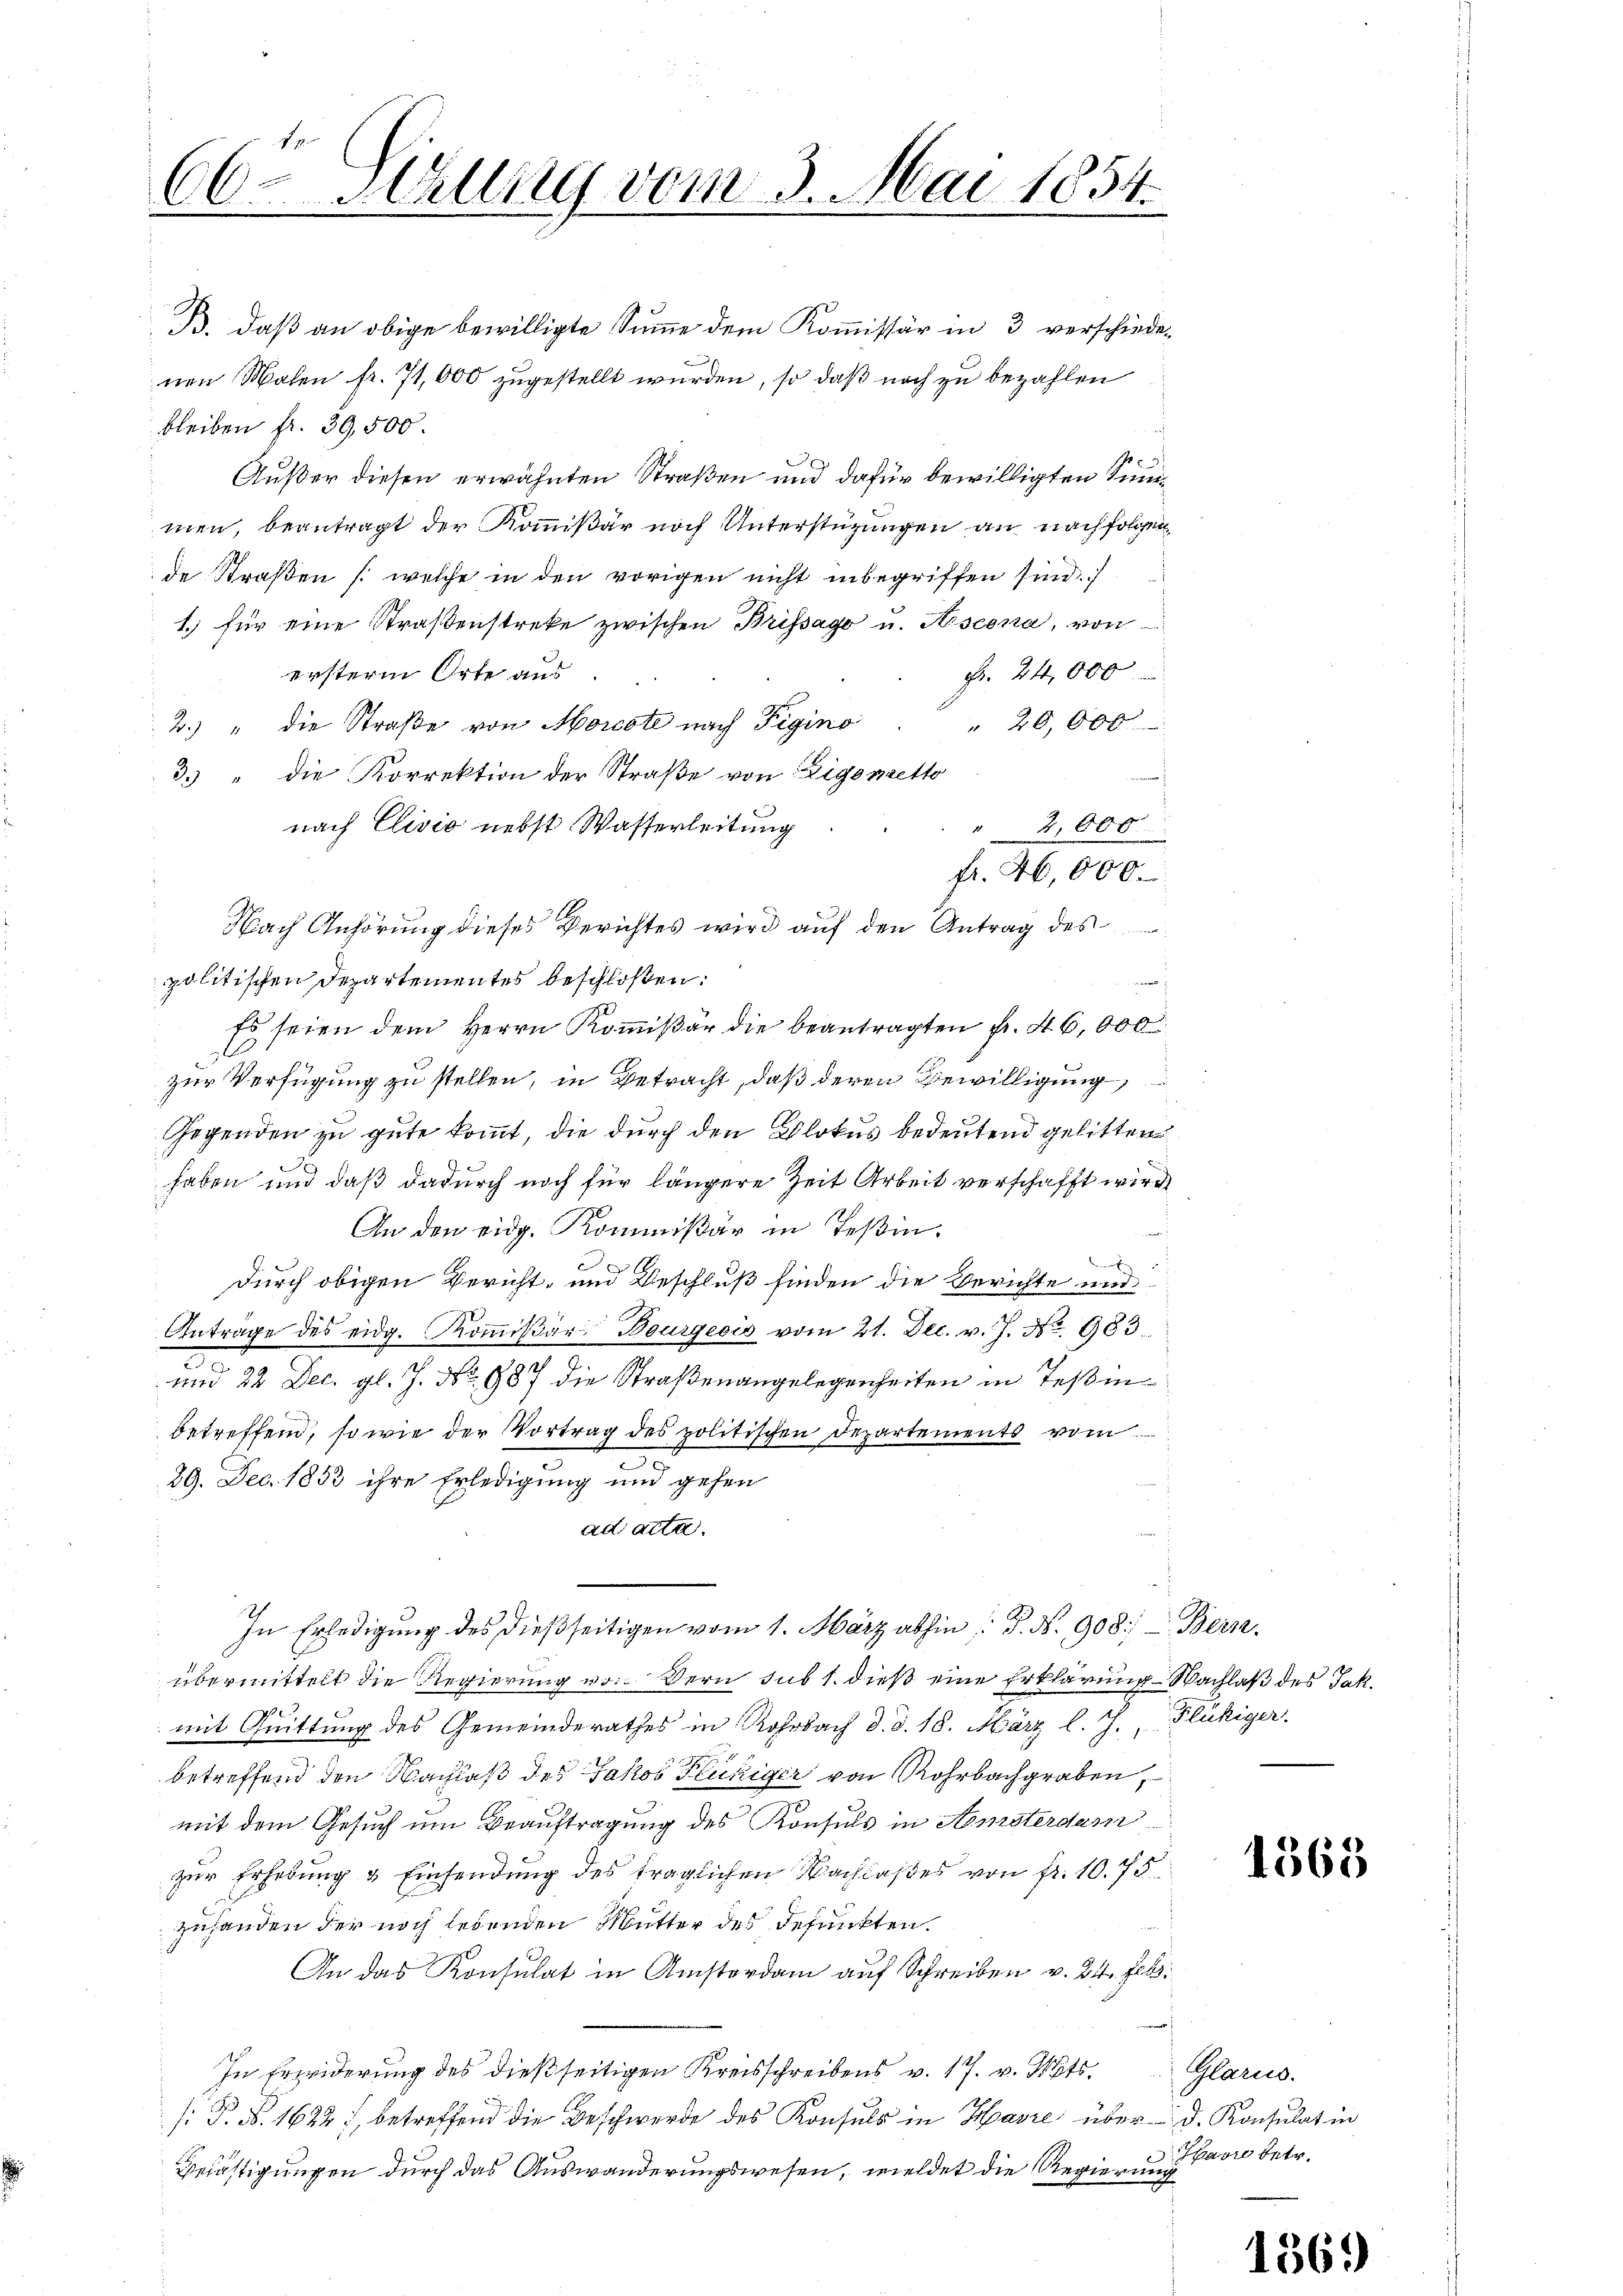
66. Sitzung vom 3. Mai 1854.

B. daß an obige bewilligte Summe dem Kommissär in 3 verschiedenen Malen fr. 71,000 zugestellt wurden, so daß noch zu bezahlen
bleiben fr. 39,500.
x
Außer diesen erwähnten Straßen und dafür bewilligten Summen, beantragt der Kommißär noch Unterstüzungen an nachfolgen
de Straßen /: welche in den vorigen nicht inbegriffen sind.
1.) für eine Straßenstreke zwischen Brissago u. Ascona, von
ersterm Orte aus
Fr. 24,000
" 20,000
2.) " die Straße von Morcote nach Figino
3. " die Korrektion der Straße von Eigenretto
nach Clivio nebst Wasserleitung
" 2,000.
fr. 46,000.
Nach Anhörung dieses Gerichtes wird auf den Antrag des
politischen Departementes beschloßen:
 eigen
Es seien dem Herrn Kommißär die beantragten Fr. 46,000
C
zur Verfügung zu stellen, in Betracht, daß deren Bewilligung
Gegenden zu gute kommt, die durch den Blokus bedeutend gelitten
e
haben und daß dadurch noch für längere Zeit Arbeit verschafft wird
An den eidg. Kommißär in Teßin,
n
x
Durch obigen Bericht, und Beschluß finden die Berichte und
Anträge des eidg. Kommißär Bourgeois vom 21. Dec. v. J. No 983.
e
um 22. Dec. gl. J. No 987 die Straßenangelegenheiten in Teßin
betreffend, so wie der Vortrag des politischen Departements vom
.
29. Dec. 1853 ihre Erledigung und gehen
ad acta.
In Erledigung des dießseitigen vom 1. März abhin  P. N. 908. Bern
übermittelt die Regierung von Bern sub 1. dieß eine Erklärung Nachlaß des Jak.
mit Quittung des Gemeinderathes in Rohrbach d. d. 18. März l. J., Flückiger
betreffend den Nachlaß des Jakob Flückiger von Rohrbachgraben,
mit dem Gesuch um Beauftragung des Konsuls in Amsterdam
zur Erhebung & Einsendung des traglichen Nachlaßes von fr. 10. 75
zuhanden der noch lebenden Mutter des defunkten.
An das Konsulat in Anstordam auf Schreiben v. 24. Jehs.
.
In Erwiderung des dießseitigen Kreisschreibens v. 17. v. Mts. Glarus.
: P. N. 1622), betreffend die Beschwerde des Konsuls in Havre über d. Konsulat in
Belästigungen durch das Auswanderungswesen, weldet die Regierung

1363

Havre betr.

156